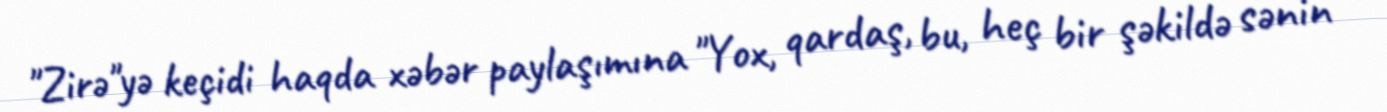
"Zirə"yə keçidi haqda xəbər paylaşımına "Yox, qardaş, bu, heç bir şəkildə sənin